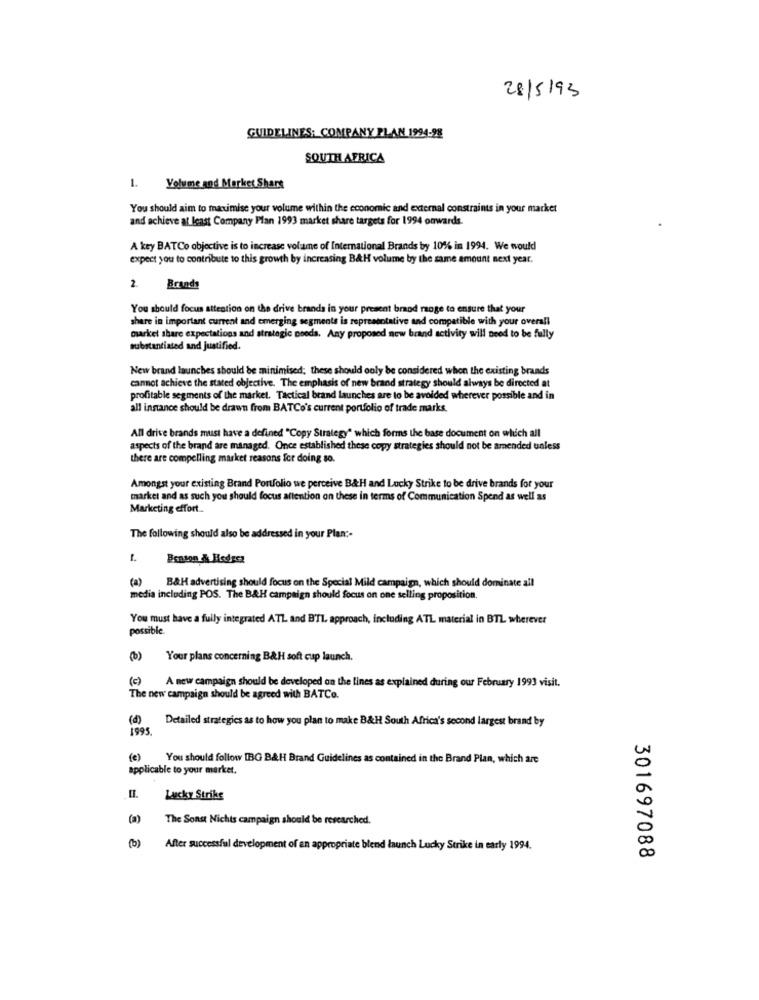
28/5/93
GUIDELINES: COMPANY PLAN 1994-28
SOUTH AFRICA
1. Volume and Market Share
You should aim to maximise your volume within the economic and external constraints in your market
and achieve at least Company Plan 1993 market share targets for 1994 onwards.
A key BATCo objective is to increase volume of International Brands by 10% in 1994. We would
expect you to contribute to this growth by increasing B&H volume by the same amount next year.
2.
Brands
You should focus attention on the drive brands in your present brand range to ensure that your
share in important current and emerging segments is representative and compatible with your overall
market share expectations and strategic noods. Any proposed new brand activity will need to be fully
substantiated and justified.
New brand launches should be minimised; these should only be considered when the existing brands
cannot achieve the stated objective. The emphasis of new brand strategy should always be directed at
profitable segments of the market. Tactical brand launches are to be avoided wherever possible and in
all instance should be drawn from BATCo's current portfolio of trade marks.
All drive brands must have a defined "Copy Strategy" which forms the base document on which all
aspects of the brand are managed. Once established these copy strategies should not be amended unless
there are compelling market reasons for doing so.
Amongst your existing Brand Portfolio we perceive B&H and Lucky Strike to be drive brands for your
market and as such you should focus attention on these in terms of Communication Spend as well as
Marketing effort.
The following should also be addressed in your Plan :-
Boaton & Hedgez
(a) B&H advertising should focus on the Special Mild campaign, which should dominate all
media including POS. The B&H campaign should focus on one selling proposition.
You must have a fully integrated ATL and BTL approach, including ATL material in BTL wherever
possible.
(b) Your plans concerning B&H soft cup launch.
(c) A new campaign should be developed on the lines as explained during our February 1993 visit.
The new campaign should be agreed with BATCo.
(4)
Detailed strategies as to how you plan to make B&H South Africa's second largest brand by
(e)
You should follow IBG B&H Brand Guidelines as contained in the Brand Plan, which are
applicable to your market.
Lucky Strike
(a)
The Sonst Nichts campaign should be researched.
(0)
After successful development of an appropriate blend launch Lucky Strike in early 1994.
301697088